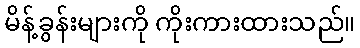
မိန့်ခွန်းများကို ကိုးကားထားသည်။